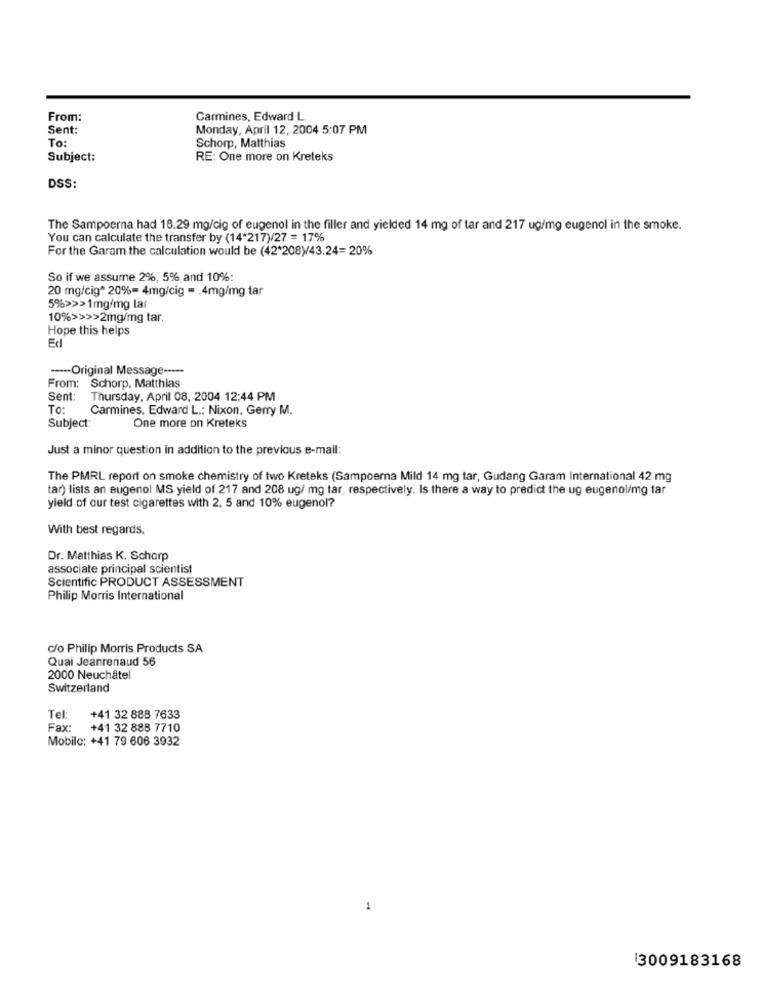
From:
Carmines, Edward L.
Sent:
Monday, April 12, 2004 5:07 PM
To:
Schorp, Matthias
Subject:
RE: One more on Kreteks
DSS:
The Sampoerna had 18.29 mg/cig of eugenol in the filler and yielded 14 mg of tar and 217 ug/mg eugenol in the smoke.
You can calculate the transfer by (14*217)/27 = 17%
For the Garam the calculation would be (42*208)/43.24= 20%
So if we assume 2%, 5% and 10%:
20 mg/cig* 20%= 4mg/cig = . 4mg/mg tar
5%>>>1mg/mg lar
10%>>>>2mg/mg tar.
Hope this helps
Ed
---- Original Message -----
From: Schorp. Matthias
Sent:
Thursday, April 08, 2004 12:44 PM
To:
Carmines. Edward L .; Nixon, Gerry M.
Subject:
One more on Kreteks
Just a minor question in addition to the previous e-mail:
The PMRL report on smoke chemistry of two Kreteks (Sampoerna Mild 14 mg tar, Gudang Garam International 42 mg
tar) lists an eugenol MS yield of 217 and 208 ug/ mg tar, respectively. Is there a way to predict the ug eugenol/mg tar
yield of our test cigarettes with 2. 5 and 10% eugenol?
With best regards,
Dr. Matthias K. Schorp
associate principal scientist
Scientific PRODUCT ASSESSMENT
Philip Morris International
c/o Philip Morris Products SA
Quai Jeanrenaud 56
2000 Neuchâtel
Switzerland
Tel:
+41 32 888 7633
Fax:
+41 32 888 7710
Mobile: +41 79 606 3932
1
13009183168